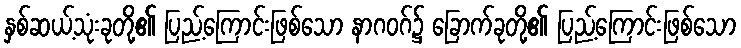
နှစ်ဆယ့်သုံးခုတို့၏ ပြည့်ကြောင်းဖြစ်သော နာဂဝဂ်၌ ခြောက်ခုတို့၏ ပြည့်ကြောင်းဖြစ်သော